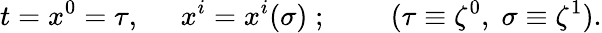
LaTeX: t=x^{0}=\tau,\; \; \; \; \; x^{i}=x^{i}(\sigma){\; };\; \; \; \; \; \; \; \; (\tau\equiv\zeta^{0},\; \sigma\equiv\zeta^{1}).